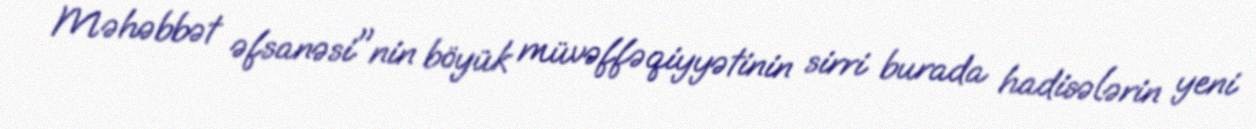
Məhəbbət əfsanəsi"nin böyük müvəffəqiyyətinin sirri burada hadisələrin yeni